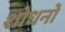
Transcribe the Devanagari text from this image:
शोधनों